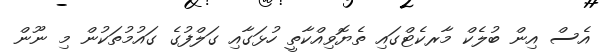
އެސް އިން ބުލެކް މާރކެޓްގައި ތެޔޮވިއްކާތީ ހުޅަގާއި ގަލްފުގެ ގައުމުތަކުން މި ނޫން